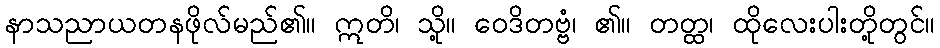
နာသညာယတနဖိုလ်မည်၏။ ဣတိ၊ သို့။ ဝေဒိတဗ္ဗံ၊ ၏။ တတ္ထ၊ ထိုလေးပါးတို့တွင်။